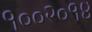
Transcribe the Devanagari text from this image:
१००२०१४